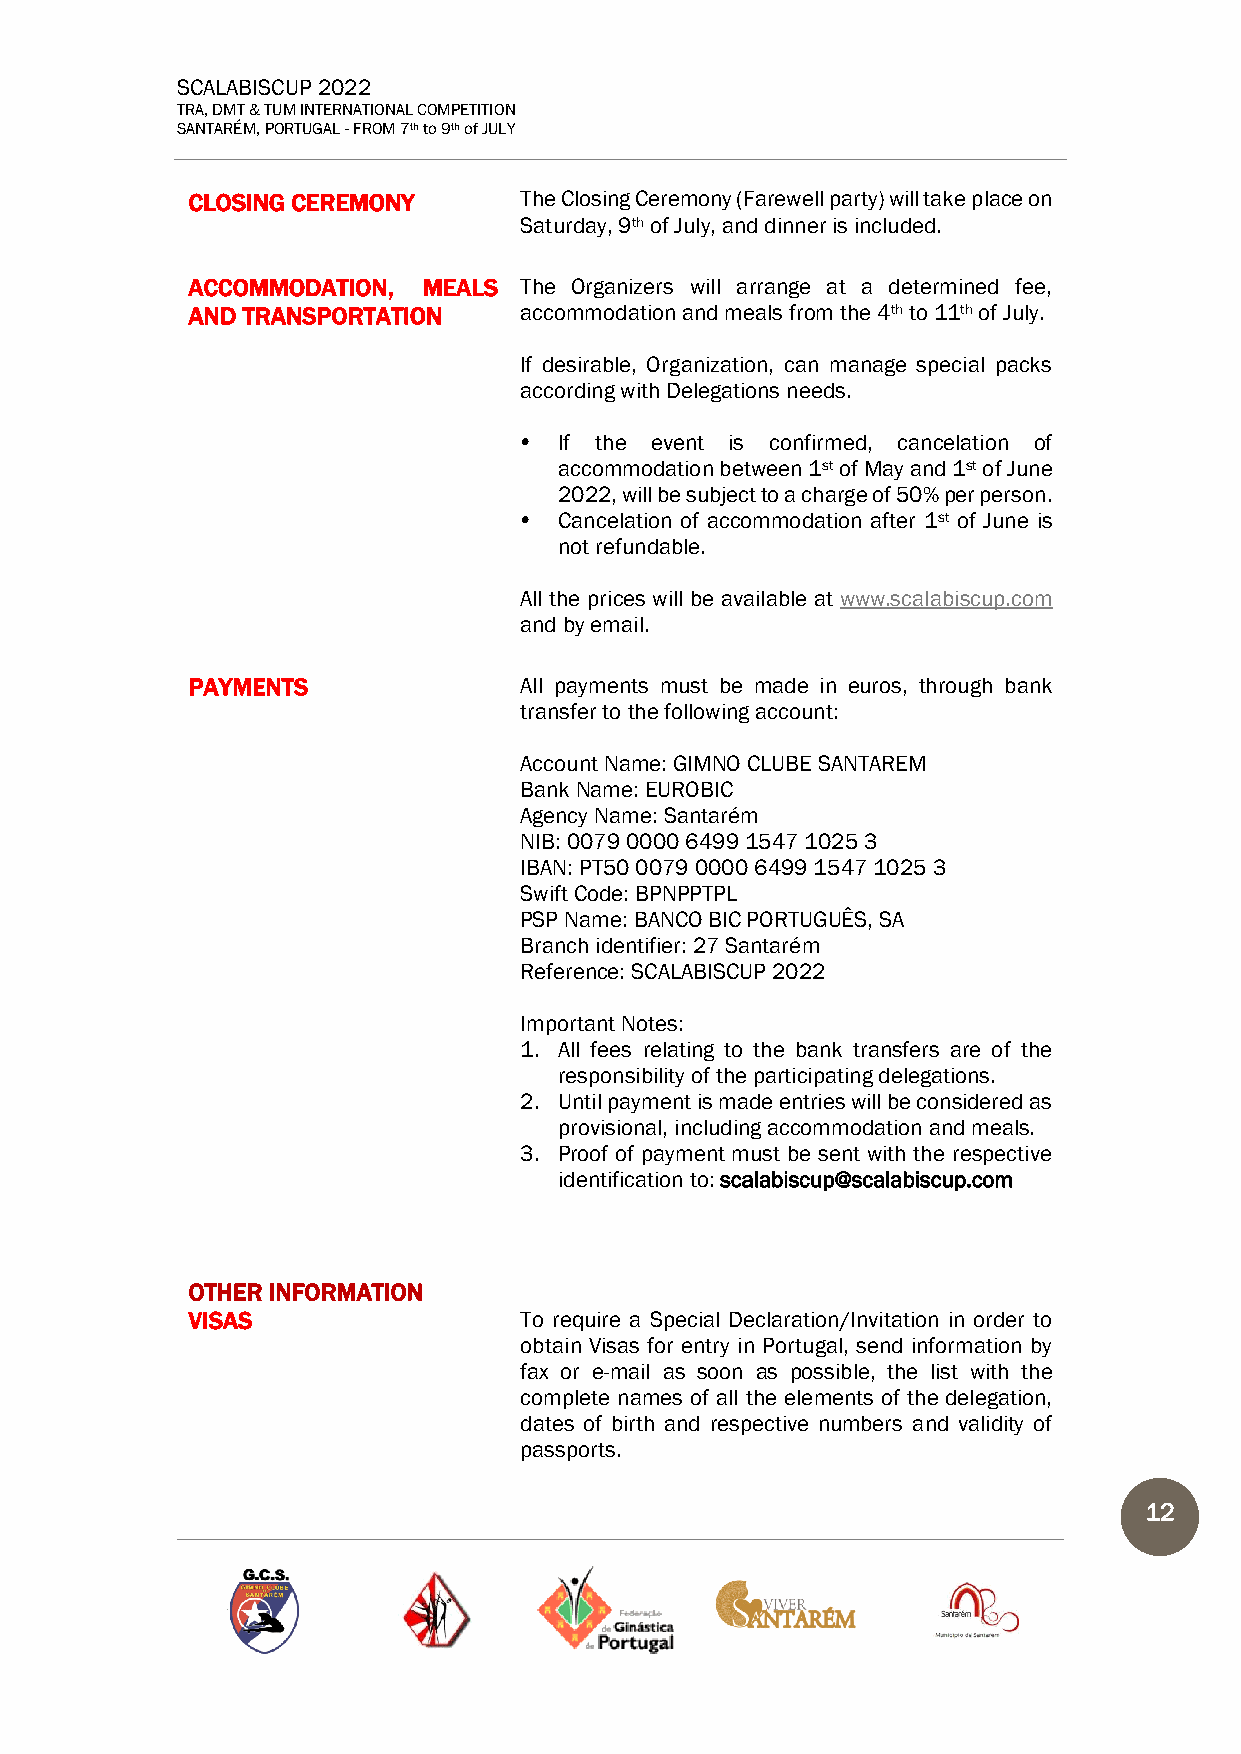
SCALABISCUP 2022
 TRA, DMT & TUM INTERNATIONAL COMPETITION
 SANTARÉM, PORTUGAL - FROM 7th to 9th of JULY
 CLOSING CEREMONY      The Closing Ceremony (Farewell party) will take place on
 Saturday, 9th of July, and dinner is included.
 ACCOMMODATION,  MEALS The Organizers will arrange at a determined fee,
 AND TRANSPORTATION    accommodation and meals from the 4th to 11th of July.
 If desirable, Organization, can manage special packs
 according with Delegations needs.
   If the event is confirmed, cancelation of
 accommodation between 1st of May and 1st of June
 2022, will be subject to a charge of 50% per person.
   Cancelation of accommodation after 1st of June is
 not refundable.
 All the prices will be available at www.scalabiscup.com
 and by email.
 PAYMENTS              All payments must be made in euros, through bank
 transfer to the following account:
 Account Name: GIMNO CLUBE SANTAREM
 Bank Name: EUROBIC
 Agency Name: Santarém
 NIB: 0079 0000 6499 1547 1025 3
 IBAN: PT50 0079 0000 6499 1547 1025 3
 Swift Code: BPNPPTPL
 PSP Name: BANCO BIC PORTUGUÊS, SA
 Branch identifier: 27 Santarém
 Reference: SCALABISCUP 2022
 Important Notes:
 1. All fees relating to the bank transfers are of the
 responsibility of the participating delegations.
 2. Until payment is made entries will be considered as
 provisional, including accommodation and meals.
 3. Proof of payment must be sent with the respective
 identification to: scalabiscup@scalabiscup.com
 OTHER INFORMATION
 VISAS                 To require a Special Declaration/Invitation in order to
 obtain Visas for entry in Portugal, send information by
 fax or e-mail as soon as possible, the list with the
 complete names of all the elements of the delegation,
 dates of birth and respective numbers and validity of
 passports.
 12